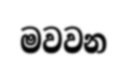
මවවන